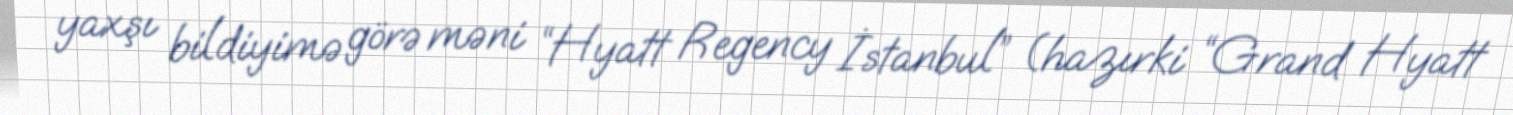
yaxşı bildiyimə görə məni “Hyatt Regency İstanbul” (hazırki “Grand Hyatt